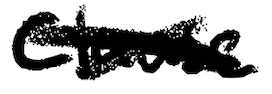
Text: Clause
Cross-out: cross
Writing tool: digital_black